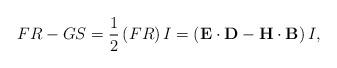
LaTeX: \begin{align*}FR-GS=\frac{1}{2}\left( FR\right) I=\left( \mathbf{E}\cdot\mathbf{D}-\mathbf{H}\cdot\mathbf{B}\right) I, \end{align*}